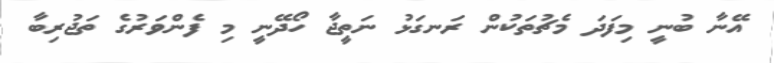
އޭނާ ބުނީ މިފަދަ މެޗުތަކުން ރަނގަޅު ނަތީޖާ ހޯދޭނީ މި ފެންވަރުގެ ތަޖުރިބާ